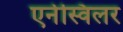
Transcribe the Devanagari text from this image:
एर्नस्विलर